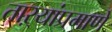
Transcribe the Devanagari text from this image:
ताऱ्यांप्रमाणे